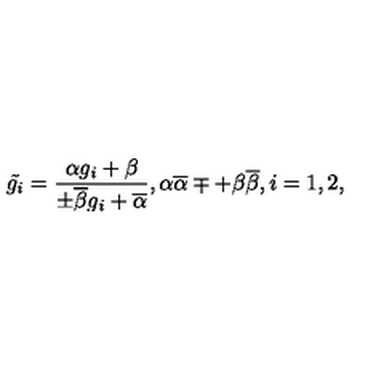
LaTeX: \tilde { g _ { i } } = \frac { \alpha g _ { i } + \beta } { \pm \overline { { \beta } } g _ { i } + \overline { { \alpha } } } , \alpha \overline { { \alpha } } \mp + \beta \overline { { \beta } } , i = 1 , 2 ,